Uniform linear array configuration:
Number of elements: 64
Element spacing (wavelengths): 1
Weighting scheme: exponential
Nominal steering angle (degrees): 15
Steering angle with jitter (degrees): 13.509
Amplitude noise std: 0.05
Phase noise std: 0.05

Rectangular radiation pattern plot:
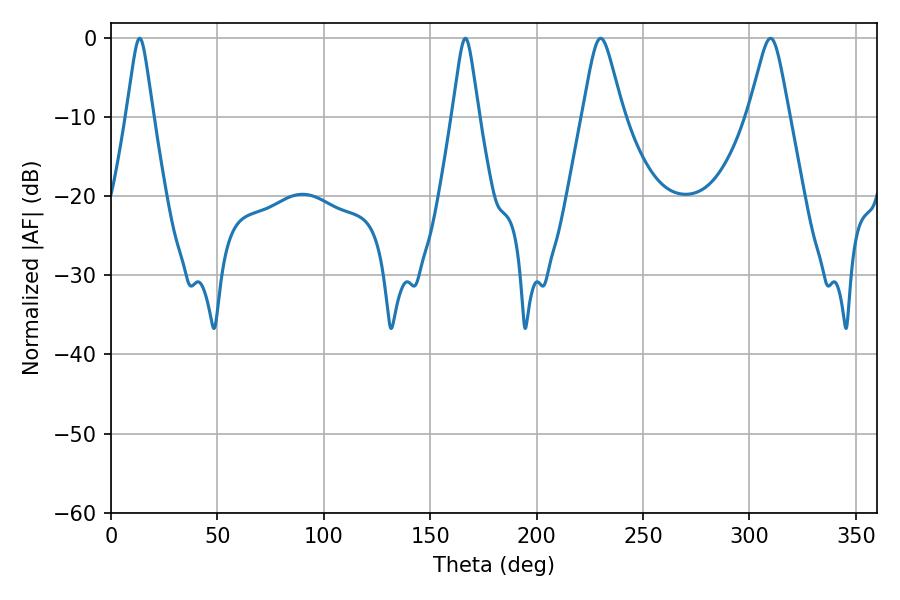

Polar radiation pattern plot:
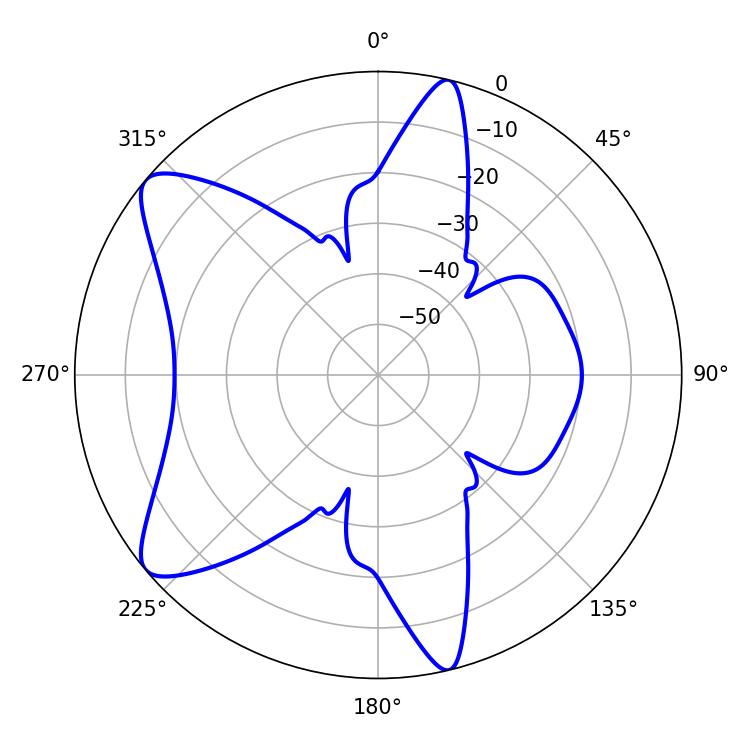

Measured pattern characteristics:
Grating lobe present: TRUE
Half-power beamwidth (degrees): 5.76
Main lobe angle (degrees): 13.5